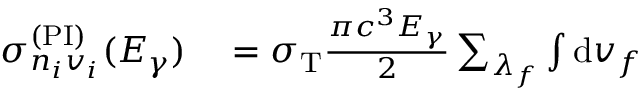
\begin{array} { r l } { \sigma _ { n _ { i } v _ { i } } ^ { ( \mathrm { P I } ) } ( E _ { \gamma } ) } & { { } = \sigma _ { \mathrm { T } } \frac { \pi c ^ { 3 } E _ { \gamma } } { 2 } \sum _ { \lambda _ { f } } \int \mathrm { d } v _ { f } } \end{array}